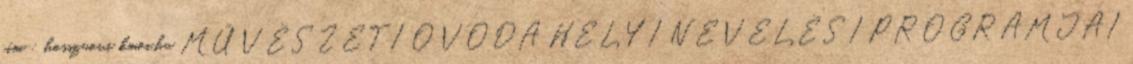
cím : hosszuovi kmoi.hu MŰVÉSZETI ÓVODA HELYI NEVELÉSI PROGRAMJAI